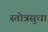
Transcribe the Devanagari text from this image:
स्तोत्रसुधा